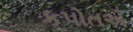
કપોતએ